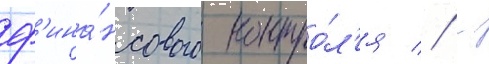
ф'ина́нсового контро́л'я // -